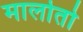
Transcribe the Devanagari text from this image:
मालोतो